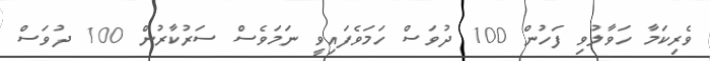
ވެރިކަމާ ހަވާލުވި ފަހުން 100 ދުވަސް ހަމަވެފައިވީ ނަމަވެސް ސަރުކާރުން 100 ދުވަސް